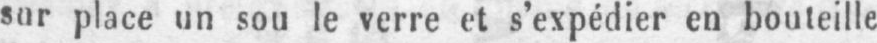
sur place un sou le verre et s’expédier en bouteille